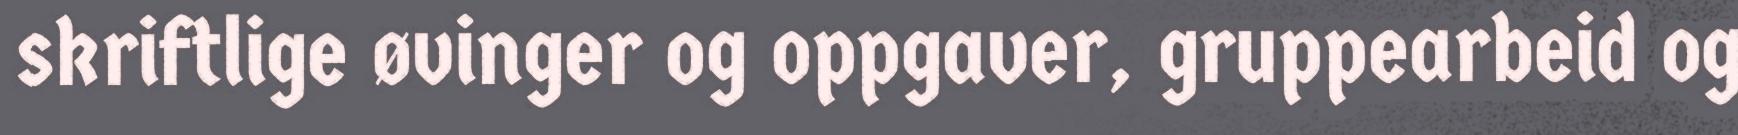
skriftlige øvinger og oppgaver, gruppearbeid og